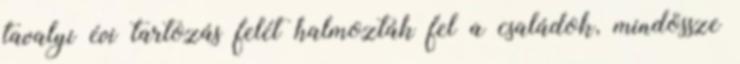
tavalyi évi tartozás felét halmozták fel a családok, mindössze